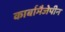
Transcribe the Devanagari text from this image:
कार्बामैजेपीन